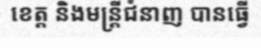
ខេត្ត និងមន្ត្រីជំនាញ បានធ្វើ